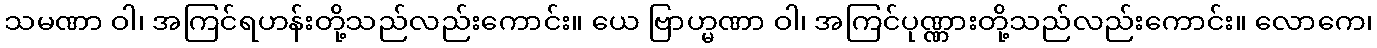
သမဏာ ဝါ၊ အကြင်ရဟန်းတို့သည်လည်းကောင်း။ ယေ ဗြာဟ္မဏာ ဝါ၊ အကြင်ပုဏ္ဏားတို့သည်လည်းကောင်း။ လောကေ၊